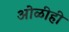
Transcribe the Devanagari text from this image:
ओळीही